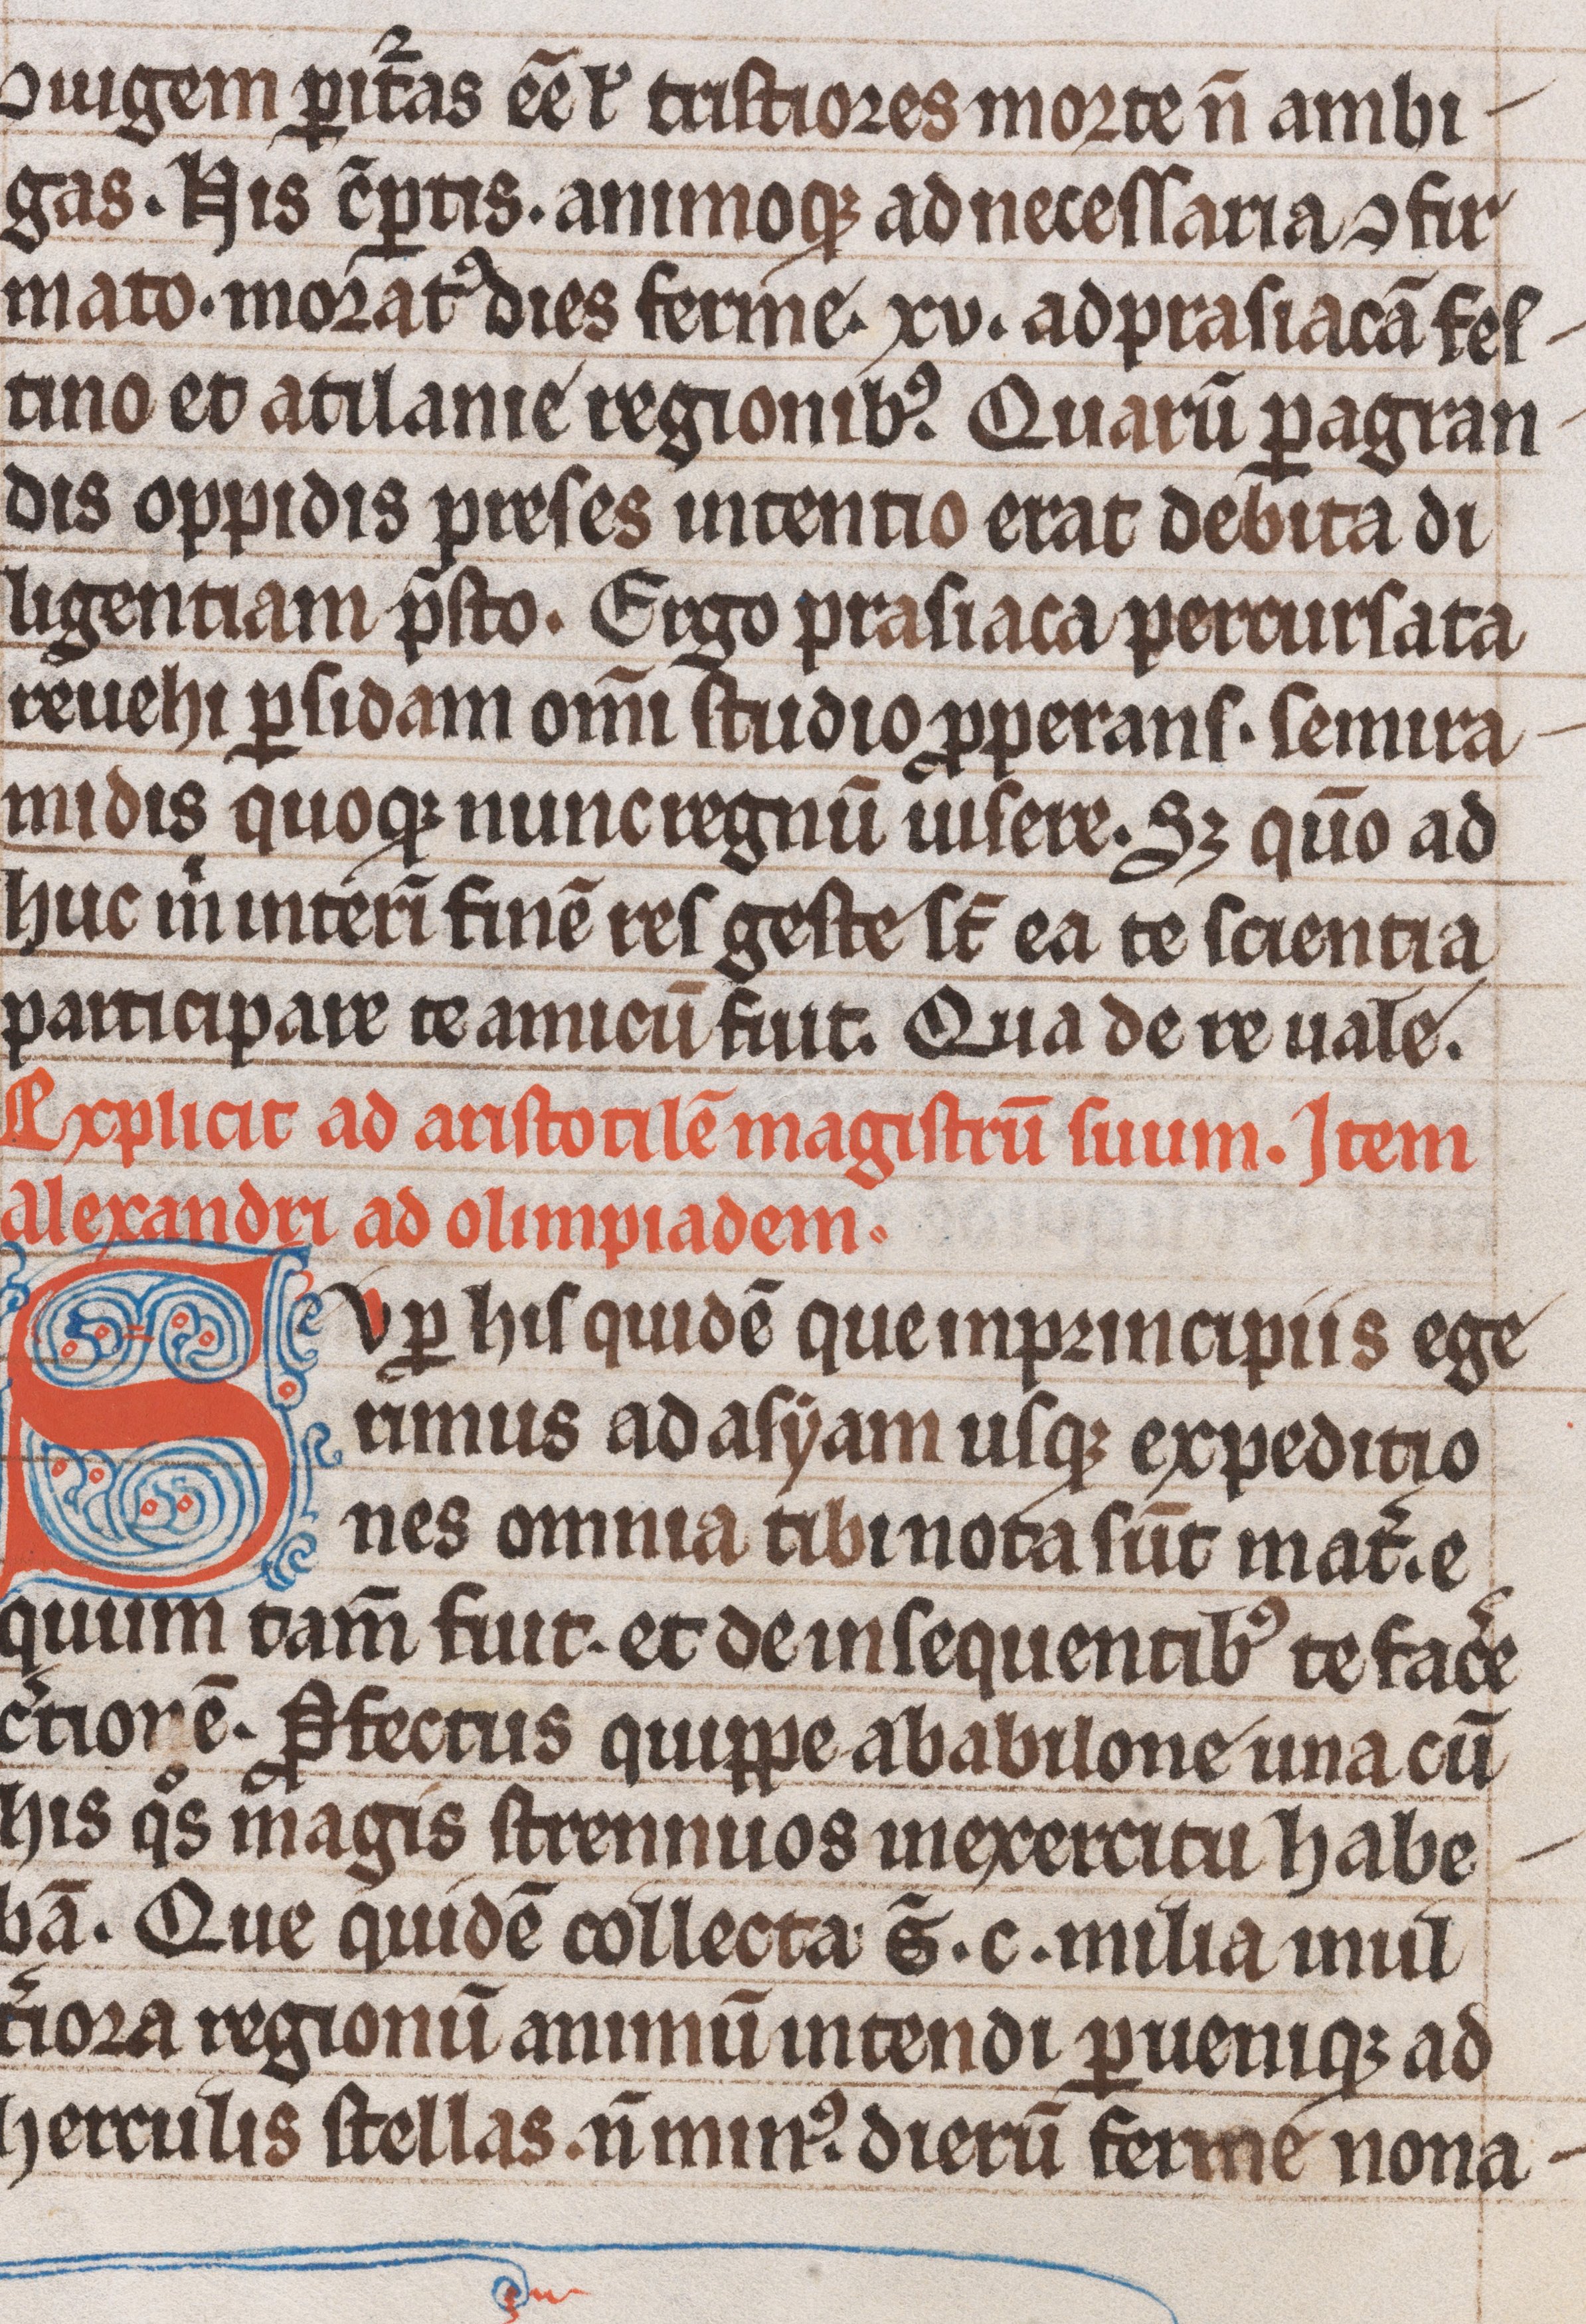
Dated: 1200–1299